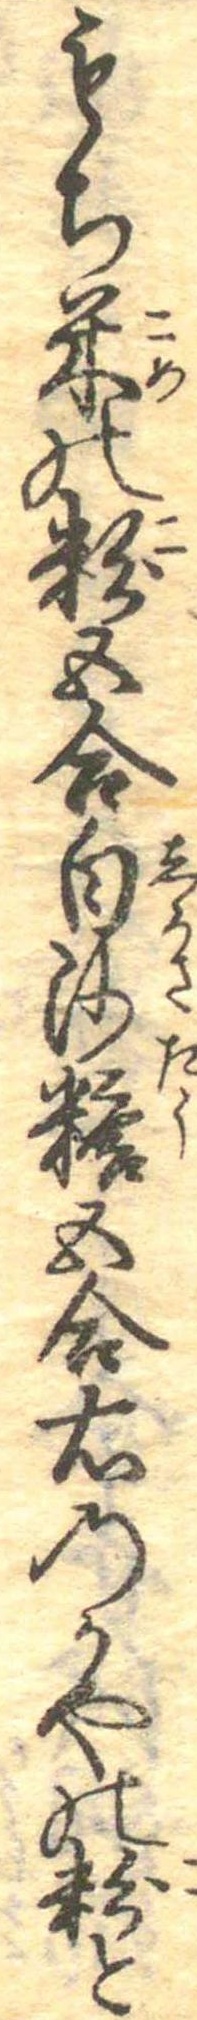
もち米の粉五合白沙糖五合右のかやの粉と